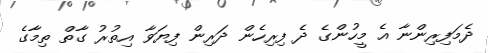
ދެމަފިރިންނާ އެ މީހުންގެ ދެ ފިިރިހެން ދަރިން ފިޔަވާ އިތުރު ގާތް ތިމާގެ